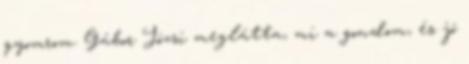
gyomrom. Gábor Józsi meglátta, mi a gon­dom, és jó